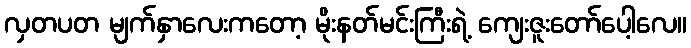
လှတပတ မျက်နှာလေးကတော့ မိုးနတ်မင်းကြီးရဲ့ ကျေးဇူးတော်ပေါ့လေ။